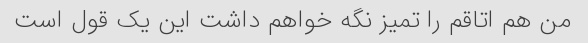
من هم اتاقم را تمیز نگه خواهم داشت این یک قول است